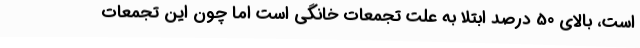
است، بالای 50 درصد ابتلا به علت تجمعات خانگی است اما چون این تجمعات